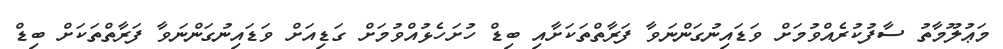
މަޢުލޫމާތު ސާފުކުރެއްވުމަށް ވަޑައިނުގަންނަވާ ފަރާތްތަކަށާއި ބިޑް ހުށަހެޅުއްވުމަށް ގަޑިއަށް ވަޑައިނުގަންނަވާ ފަރާތްތަކަށް ބިޑް